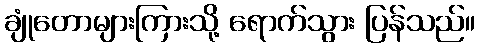
ချုံတောများကြားသို့ ရောက်သွား ပြန်သည်။